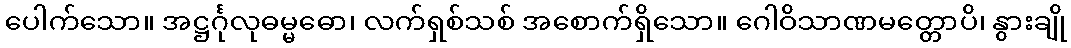
ပေါက်သော။ အဋ္ဌင်္ဂုလုဓမ္မဓော၊ လက်ရှစ်သစ် အစောက်ရှိသော။ ဂေါဝိသာဏမတ္တောပိ၊ နွားချို